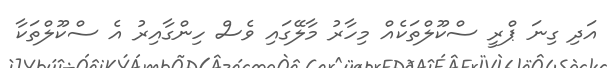
އަދި ގިނަ ޕްރީ ސްކޫލްތަކެއް މިހާރު މާލޭގައި ވެސް ހިންގާއިރު އެ ސްކޫލްތަކާ